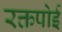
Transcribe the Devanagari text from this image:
रक्तपोई